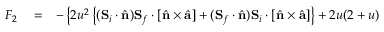
\begin{array} { r l r } { F _ { 2 } } & { { } = } & { - \left\{ 2 u ^ { 2 } \left\{ ( { \bf S } _ { i } \cdot \hat { \bf n } ) { \bf S } _ { f } \cdot \left[ \hat { \bf n } \times \hat { \bf a } \right] + ( { \bf S } _ { f } \cdot \hat { \bf n } ) { \bf S } _ { i } \cdot \left[ \hat { \bf n } \times \hat { \bf a } \right] \right\} + 2 u ( 2 + u ) \right. } \end{array}